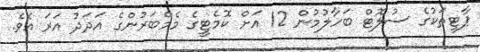
ޕާޓީތަކުގެ ސުލޮޓް ބަހާލުމުން 12 އަށް ކޮމެޓީގެ މެމްބަރުންގެ އަދަދު އަރަަ އެވެ.